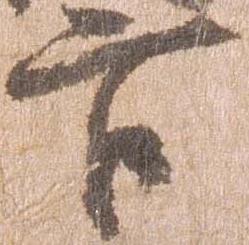
官